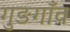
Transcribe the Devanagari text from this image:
गुङगाँव